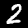
Label: 2